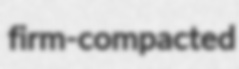
firm-compacted